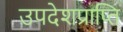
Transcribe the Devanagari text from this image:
उपदेशप्राप्ति